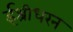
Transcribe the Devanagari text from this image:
ईश्रीधरन